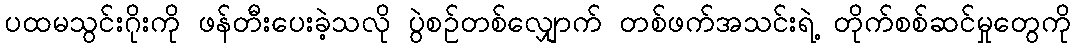
ပထမသွင်းဂိုးကို ဖန်တီးပေးခဲ့သလို ပွဲစဉ်တစ်လျှောက် တစ်ဖက်အသင်းရဲ့ တိုက်စစ်ဆင်မှုတွေကို